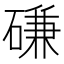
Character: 磏